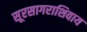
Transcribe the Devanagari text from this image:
सूरसागराशिवाय